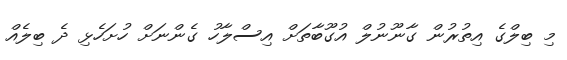
މި ބިލްގެ އިތުރުން ގާނޫނުލް އުގޫބާތަށް އިސްލާހު ގެންނަށް ހުށަހެޅި ދެ ބިލެއް